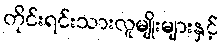
တိုင်းရင်းသားလူမျိုးများနှင့်